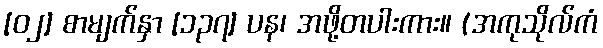
[၀၂] စာမျက်နှာ [၁၃၇] ပန၊ အဖို့တပါးကား။ (အကုသိုလ်ကံ